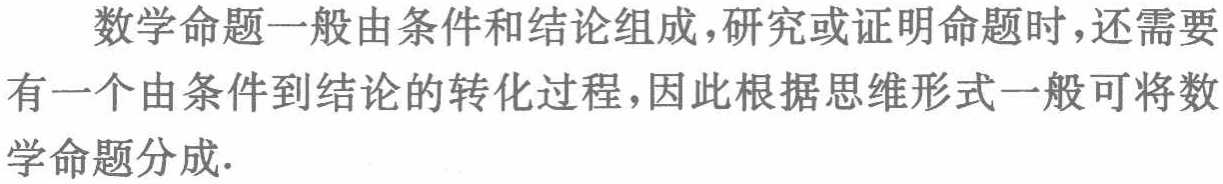
数学命题一般由条件和结论组成，研究或证明命题时，还需要有一个由条件到结论的转化过程，因此根据思维形式一般可将数学命题分成.